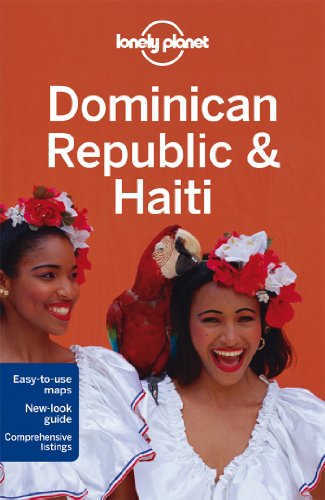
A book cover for Lonely Planet Dominican Republic & Haiti (Travel Guide); Paul Clammer; Travel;